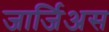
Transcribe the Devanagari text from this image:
जार्जिअस